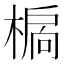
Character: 𣗉